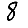
Digit: 8